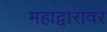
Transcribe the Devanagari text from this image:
महाद्वारावर